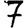
Digit: 7